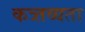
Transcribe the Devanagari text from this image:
कत्र्तव्यता